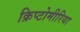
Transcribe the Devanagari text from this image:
क्रिप्टोमीरिया